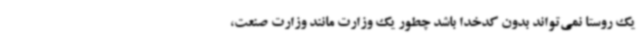
یک روستا نمی‌تواند بدون کدخدا باشد چطور یک وزارت مانند وزارت صنعت،